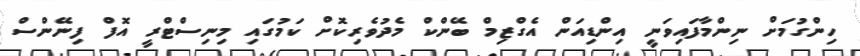
ހިންގުމަށް ނިންމާފައިވަނީ އިންޑިއަން އެގްޒިމް ބޭންކް މެދުވެރިކޮށް ކަމުގައި މިނިސްޓްރީ އޮފް ފިނޭންސް